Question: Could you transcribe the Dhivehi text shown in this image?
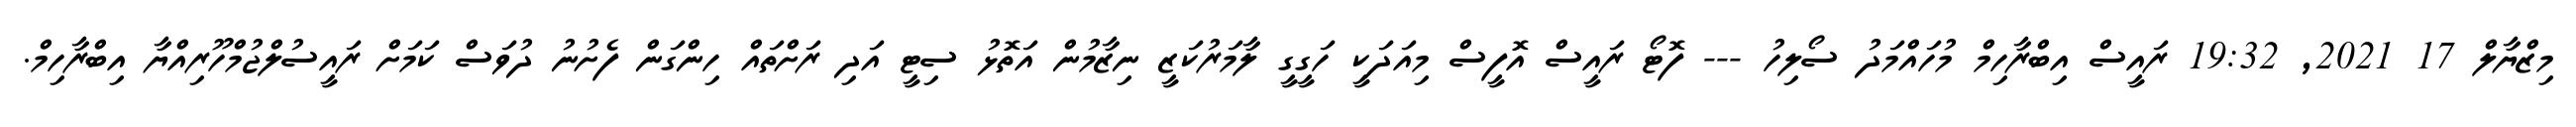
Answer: މިޒްޔާލް 17 2021, 19:32 ރައީސް އިބްރާހިމް މުހައްމަދު ސޯލިހު --- ފޮޓޯ ރައީސް އޮފީސް މިއަދަކީ ހަގީގީ ލާމަރުކަޒީ ނިޒާމުން އަތޮޅު ސިޓީ އަދި ރަށްތައް ހިންގަން ފެށުނު ދުވަސް ކަމަށް ރައީސުލްޖުމްހޫރިއްޔާ އިބްރާހިމް.